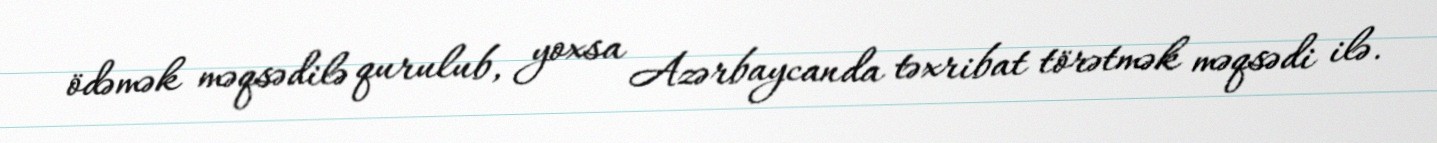
ödəmək məqsədilə qurulub, yoxsa Azərbaycanda təxribat törətmək məqsədi ilə.